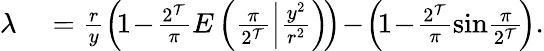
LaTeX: \begin{array}{rl}{\lambda}&{{}=\frac{r}{y}\left(\! 1\! -\! \frac{2^{\mathcal T}}{\pi}E\left(\frac{\pi}{2^{\mathcal T}}\Big|\frac{y^{2}}{r^{2}}\right)\! \right)\! -\! \left(\! 1\! -\! \frac{2^{\mathcal T}}{\pi}\sin\! \frac{\pi}{2^{\mathcal T}}\! \right).}\end{array}